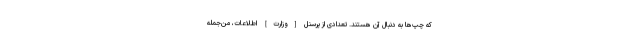
كه چپ‌ها به دنبال آن هستند. تعدادى از پرسنل [وزارت] اطلاعات، من‌جمله